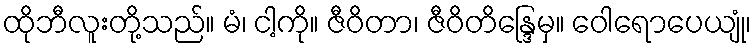
ထိုဘီလူးတို့သည်။ မံ၊ ငါ့ကို။ ဇီဝိတာ၊ ဇီဝိတိန္ဒြေမှ။ ဝေါရောပေယျုံ၊